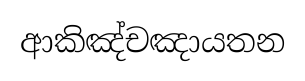
ආකිඤ්චඤායතන